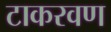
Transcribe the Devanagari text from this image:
टाकरवण